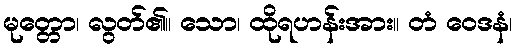
မုတ္တော၊ လွတ်၏။ သော၊ ထိုရဟန်းအား။ တံ ဝေဒနံ၊